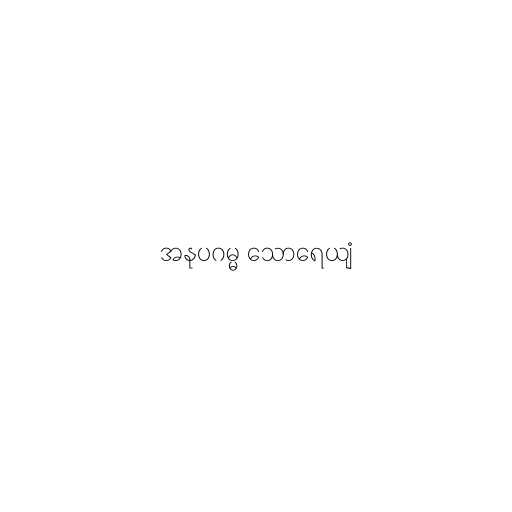
အနုပဂမ္မ သောရေယျံ